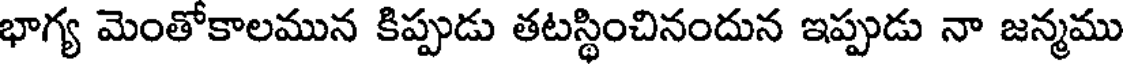
భాగ్య మెంతోకాలమున కిప్పుడు తటస్థించినందున ఇప్పుడు నా జన్మము